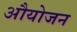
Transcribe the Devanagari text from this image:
औयोजन